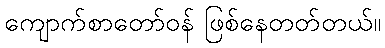
ကျောက်စာတော်ဝန် ဖြစ်နေတတ်တယ်။